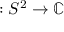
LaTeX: : S ^ { 2 } \to \mathbb { C }